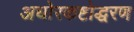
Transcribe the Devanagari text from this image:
अघोरकष्टोद्धरण